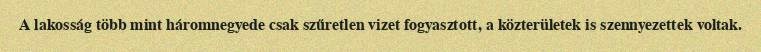
A lakosság több mint háromnegyede csak szűretlen vizet fogyasztott, a közterületek is szennyezettek voltak.